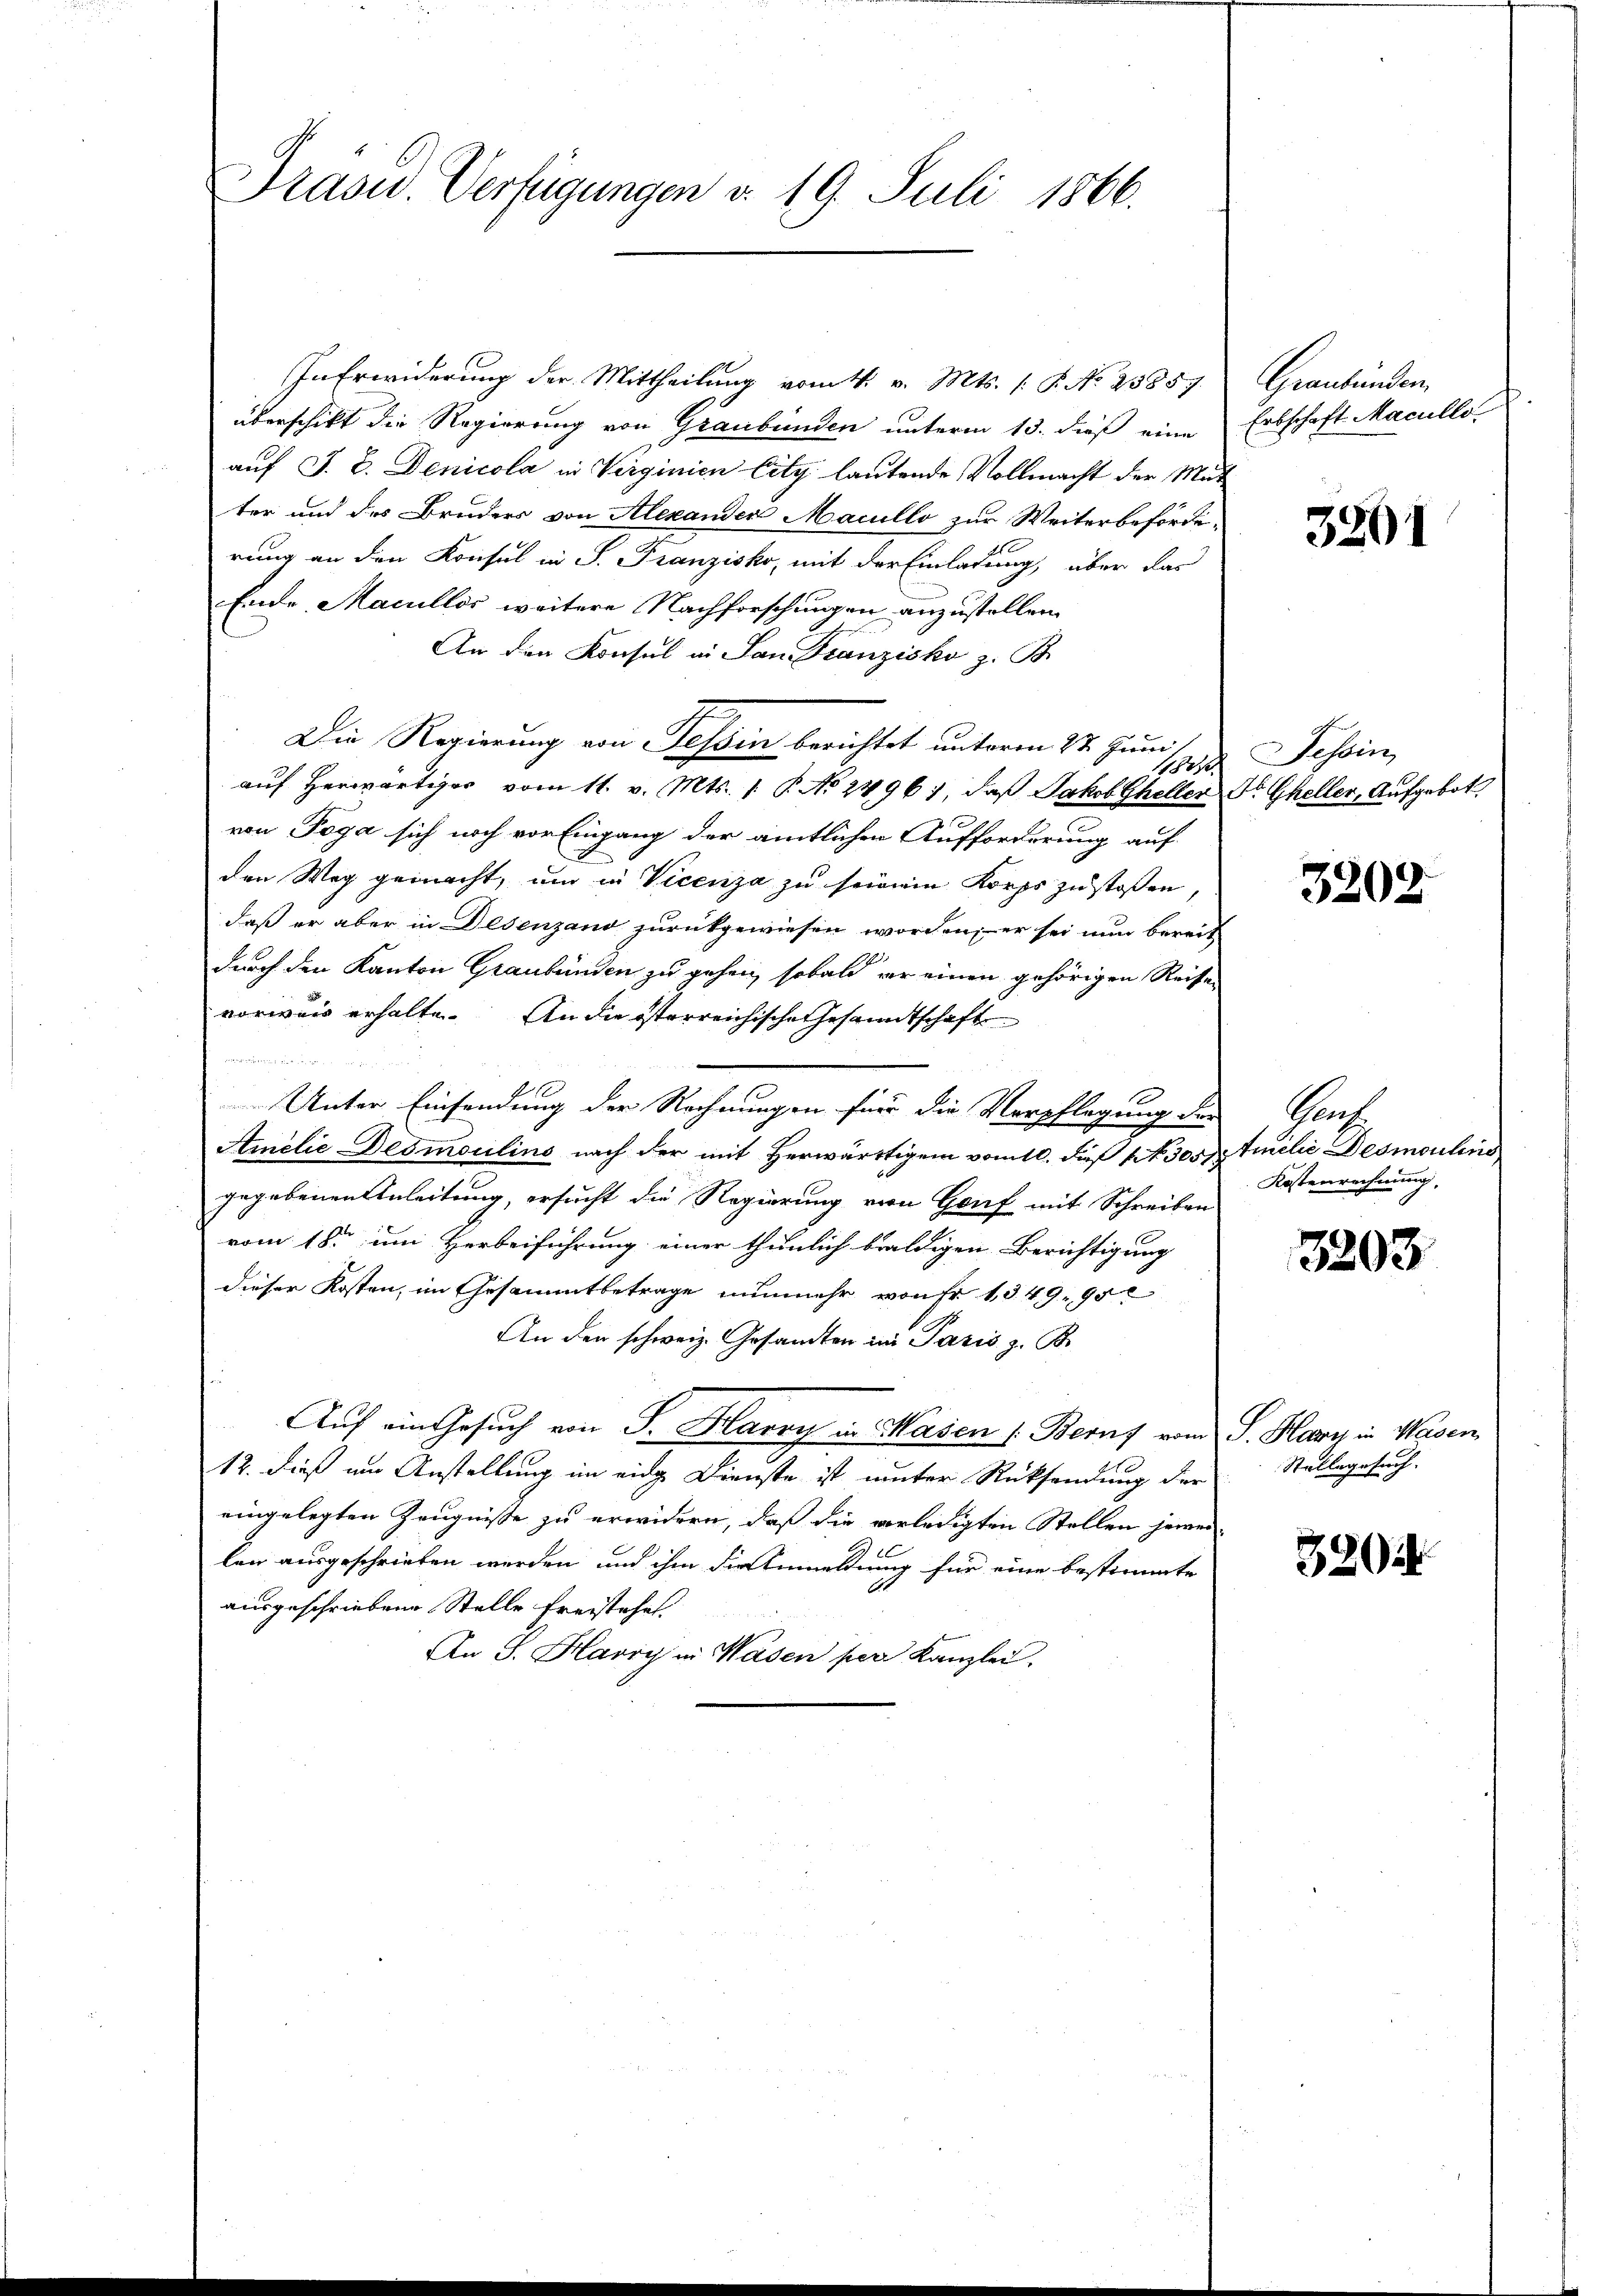
Präser Verfügungen d. 19. Juli 1866.

In Erwiderung der Mittheilung vom 4. v. Mts. (: P. No 23857.
überschikt die Regierung von Graubünden unterm 13. dieß eine
auf J. L. Denicola in Verginien City lautende Vollmacht der Muter und des Bruders von Alexander Macullo zur Weiterbeförderung an den Konsul in S. Franzisko, mit der Einladung, über das
Ende Macullis weitere Nachforschungen anzustellen.
An den Konsul in San Franzisko z. B.
Die Regierung von Tessin berichtet unterm 27. Juni,
oseh
auf herwärtiges vom 11. v. Mts. 1. P. No 2496), daß Jakob Gheller
von Poga sich noch vor Eingang der amtlichen Aufforderung auf
den Weg gemacht, um in Vicenza zu seinem Korps zu stoßen
daß er aber in Desenzand zurückgewiesen worden, er sei nun bereit
durch den Kanton Graubünden zu gehen, sobald er einen gehörigen Reisen
vorwart erhalte. An die österreichische Gesandtschaft

Unter Einsendung der Rechnungen für die Verpflegung der
Amilie Desmoulins nach der mit Herwärtigem vom 10. die 13051
gegebenen Anleitung, ersucht die Regierung von Genf mit Schreiben
vom 18. um Herbeiführung einer thunlich baldigen Berichtigung
dieser Kosten, im Gesammtbetrage nunmehr von Fr. 1349. 95
An den schweiz. Gesamten in Pazis z. B.
Auf ein Gesuch von J. Harry in Masen (Beruf vom
12. dieß im Anstellung im eidge Dienste ist unter Rücksendung der
eingelegten Zeugnisse zu erwidern, daß die verledigten Stellen jewei
len ausgeschrieben werden und ihm die Anmeldung für eine bestimmte
ausgeschriebene Stelle freistehet.
An S. Harry in Wasen per Kanzlei.

Graubünden.
Erbschaft Macullo

3201

Tessin,
Dr Gheller, Aufgebot.

3202

Prof.
Amilie Desmoulins
Kostenrechnung.

3203

S. Harz in Wasen
Stellegesuch.

32954.